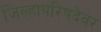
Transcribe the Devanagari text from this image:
जिल्हापरिषदेवर